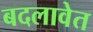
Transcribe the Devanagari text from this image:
बदलावेत